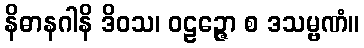
နိဓာနဂါနိ ဒိဝသ၊ ဝဠဉ္ဇော စ ဒသမ္ဗဏံ။